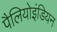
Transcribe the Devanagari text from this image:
पैलियोइंडियन